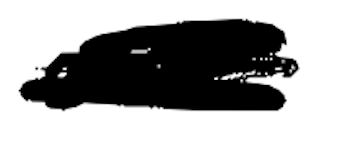
Text: are
Cross-out: scratch
Writing tool: digital_black